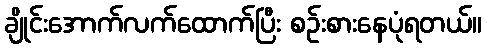
ချိုင်းအောက်လက်ထောက်ပြီး စဉ်းစားနေပုံရတယ်။